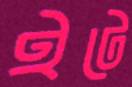
ইটে